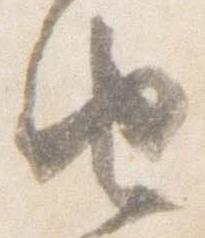
由